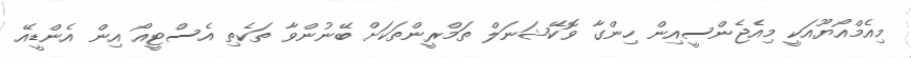
މިއެމްއޯޔޫއަކީ މިއެޖެންސީއިން ހިންގާ ވޮކޭޝަނަލް ތަމްރީންތަކަށް ބޭނުންވާ ތަކެތި އެސްޓީއޯ އިން އެންޑީއޭ